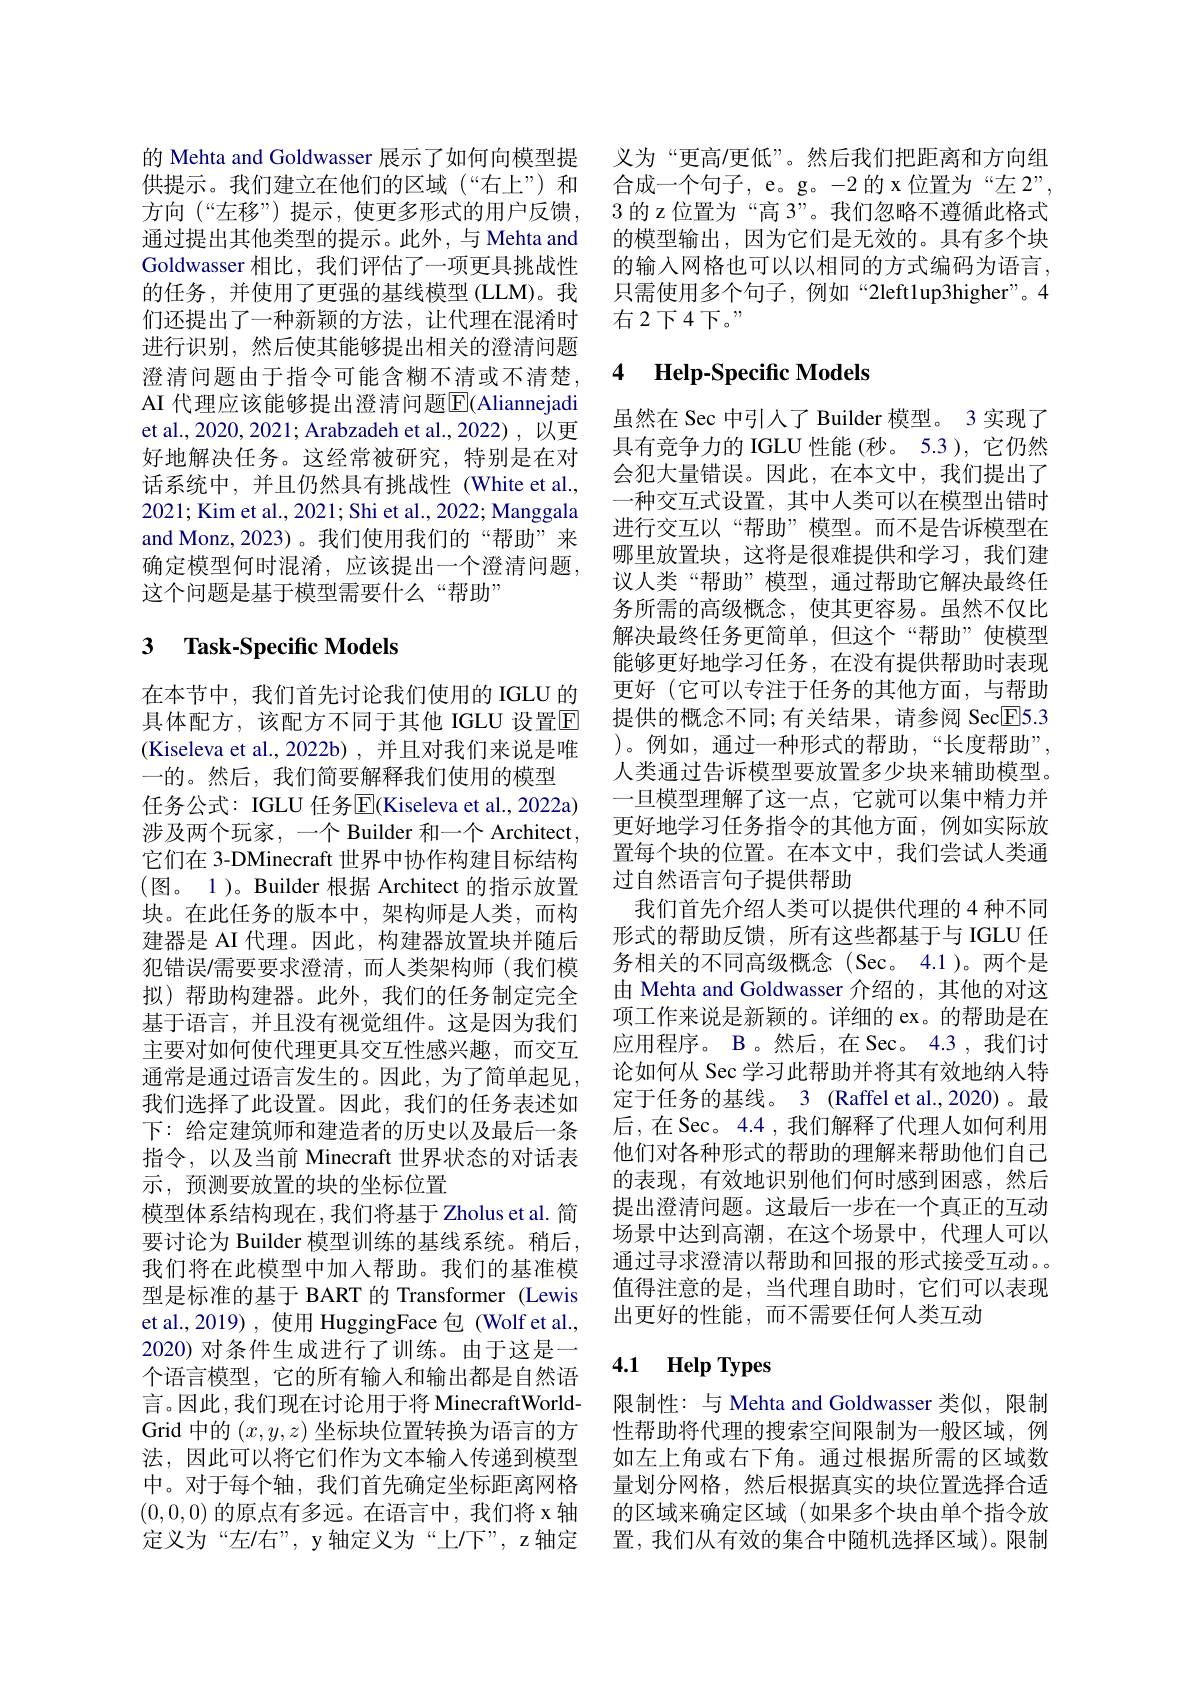
方向(“左移”) 提示，使更多形式的用户反馈， 通过提出其他类型的提示。此外，与 Mehta and Goldwasser 相比，我们评估了一项更具挑战性的任务，并使用了更强的基线模型(LLM)。我们还提出了一种新颖的方法，让代理在混淆时进行识别，然后使其能够提出相关的澄清问题澄清问题由于指令可能含糊不清或不清楚， AI 代理应该能够提出澄清问题$\boxed{\mathrm{E}}($Aliannejadi et al., 2020, 2021; Arabzadeh et al., 2022) , 以更好地解决任务。这经常被研究，特别是在对话系统中，并且仍然具有挑战性(White et al., 2021; Kim et al., 2021; Shi et al., 2022; Manggala and Monz,2023)。我们使用我们的“帮助”来确定模型何时混淆，应该提出一个澄清问题， 这个问题是基于模型需要什么“帮助”

# 3 Task-Specific Models

在本节中，我们首先讨论我们使用的 IGLU 的具体配方，该配方不同于其他 IGLU 设置E (Kiseleva et al.,2022b),并且对我们来说是唯一的。然后，我们简要解释我们使用的模型
任务公式：IGLU 任务$\overline{\mathrm{E}}($Kiseleva et al.,2022a) 涉及两个玩家，一个 Builder 和一个 Architect, 它们在 3-DMinecraft 世界中协作构建目标结构(图。1)。Builder 根据 Architect 的指示放置块。在此任务的版本中，架构师是人类，而构建器是 AI 代理。因此，构建器放置块并随后犯错误/需要要求澄清，而人类架构师(我们模拟)帮助构建器。此外，我们的任务制定完全基于语言，并且没有视觉组件。这是因为我们主要对如何使代理更具交互性感兴趣，而交互通常是通过语言发生的。因此，为了简单起见， 我们选择了此设置。因此，我们的任务表述如下：给定建筑师和建造者的历史以及最后一条指令，以及当前 Minecraft 世界状态的对话表示，预测要放置的块的坐标位置
模型体系结构现在，我们将基于Zholus et al. 简要讨论为 Builder 模型训练的基线系统。稍后， 我们将在此模型中加入帮助。我们的基准模型是标准的基于 BART 的 Transformer (Lewis et al.,2019), 使用 HuggingFace 包 (Wolf et al., 2020) 对条件生成进行了训练。由于这是一个语言模型，它的所有输入和输出都是自然语言。因此，我们现在讨论用于将 MinecraftWorldGrid 中的$(x,y,z)$坐标块位置转换为语言的方法，因此可以将它们作为文本输入传递到模型中。对于每个轴，我们首先确定坐标距离网格(0,0,0)的原点有多远。在语言中，我们将 x 轴定义为“左/右”, y轴定义为“上/下”, z轴定

的 Mehta and Goldwasser 展示了如何向模型提 义为“更高/更低”。然后我们把距离和方向组供提示。我们建立在他们的区域 (“右上”)和 合成一个句子，e。g。-2 的 x位置为“左 2”,
3的z位置为“高 3”。我们忽略不遵循此格式的模型输出，因为它们是无效的。具有多个块的输入网格也可以以相同的方式编码为语言， 只需使用多个句子，例如“2left1up3higher”。4右2下4下。"

## 4 Help-Specific Models

虽然在 Sec 中引入了 Builder 模型。3 实现了具有竞争力的 IGLU 性能 (秒。5.3 ), 它仍然会犯大量错误。因此，在本文中，我们提出了一种交互式设置，其中人类可以在模型出错时进行交互以“帮助”模型。而不是告诉模型在哪里放置块，这将是很难提供和学习，我们建议人类“帮助”模型，通过帮助它解决最终任务所需的高级概念，使其更容易。虽然不仅比解决最终任务更简单，但这个“帮助”使模型能够更好地学习任务，在没有提供帮助时表现更好(它可以专注于任务的其他方面，与帮助提供的概念不同；有关结果，请参阅 Sec$\boxed{\mathrm{E}}5.3$ $)。例如，通过一种形式的帮助，“长度帮助”$, 人类通过告诉模型要放置多少块来辅助模型。一旦模型理解了这一点，它就可以集中精力并更好地学习任务指令的其他方面，例如实际放置每个块的位置。在本文中，我们尝试人类通过自然语言句子提供帮助
我们首先介绍人类可以提供代理的 4 种不同形式的帮助反馈，所有这些都基于与 IGLU 任务相关的不同高级概念(Sec。4.1)。两个是由 Mehta and Goldwasser 介绍的，其他的对这项工作来说是新颖的。详细的 ex。的帮助是在应用程序。B 。然后，在 Sec。4.3 , 我们讨论如何从 Sec 学习此帮助并将其有效地纳人特定于任务的基线。3 (Raffel et al.,2020)。最后，在 Sec。4.4 , 我们解释了代理人如何利用他们对各种形式的帮助的理解来帮助他们自己的表现，有效地识别他们何时感到困惑，然后提出澄清问题。这最后一步在一个真正的互动场景中达到高潮，在这个场景中，代理人可以通过寻求澄清以帮助和回报的形式接受互动。值得注意的是，当代理自助时，它们可以表现出更好的性能，而不需要任何人类互动

# 4.1 Help Types

限制性：与 Mehta and Goldwasser 类似，限制性帮助将代理的搜索空间限制为一般区域，例如左上角或右下角。通过根据所需的区域数量划分网格，然后根据真实的块位置选择合适的区域来确定区域(如果多个块由单个指令放置，我们从有效的集合中随机选择区域)。限制